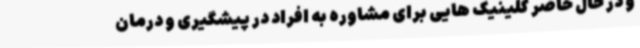
و در حال حاضر کلینیک هایی برای مشاوره به افراد در پیشگیری و درمان